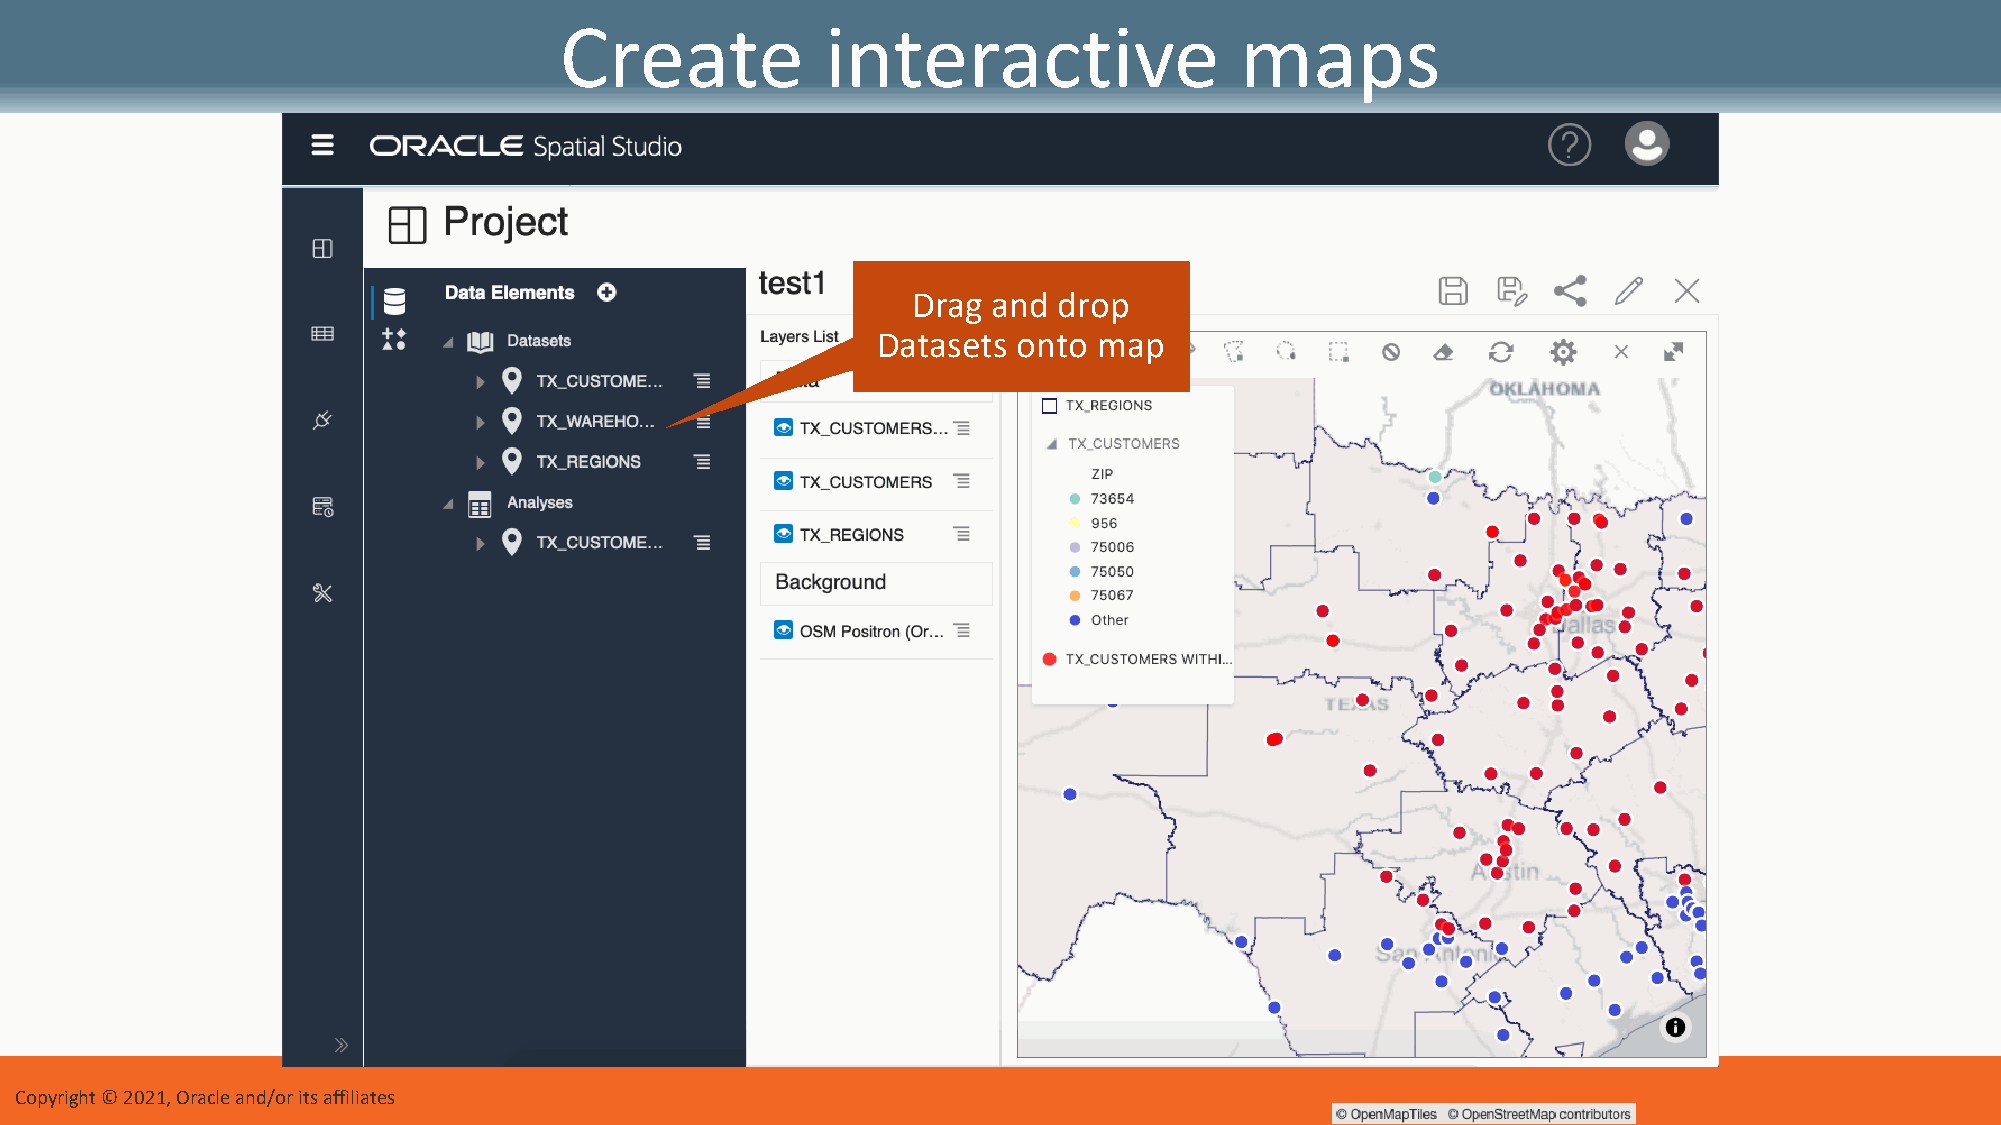
Create            interactive                maps
 Drag  and drop
 Datasets onto  map
 Copyright © 2021, Oracle and/or its affiliates